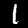
Digit: 1